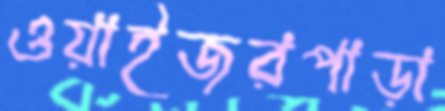
ওয়াইজরপাড়া